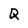
Character: Q